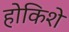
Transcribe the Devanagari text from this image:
होकिशे